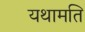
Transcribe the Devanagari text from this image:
यथामति